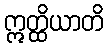
ဣတ္ထိယာတိ